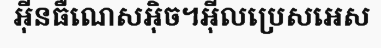
អ៊ីនធឺណេសអ៊ិច។អ៊ីលប្រេសអេស